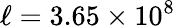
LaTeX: \ell=3.65\times 10^{8}